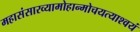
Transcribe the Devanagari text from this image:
महासंसारव्यामोहान्मोचयत्याश्‍वयं